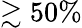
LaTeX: \gtrsim 50\%